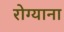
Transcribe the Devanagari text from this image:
रोग्याना